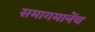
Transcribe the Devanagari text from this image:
समागमानेंच